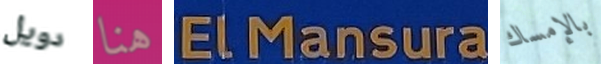
دويل هنا ELMansura بالإمساك